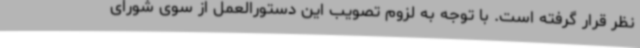
نظر قرار گرفته است. با توجه به لزوم تصویب این دستورالعمل از سوی شورای